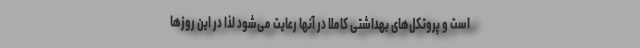
است و پروتکل‌های بهداشتی کاملا در آنها رعایت می‌شود لذا در این روزها